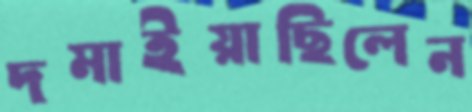
দমাইয়াছিলেন